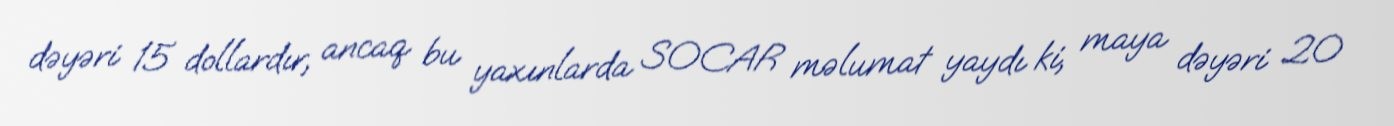
dəyəri 15 dollardır, ancaq bu yaxınlarda SOCAR məlumat yaydı ki, maya dəyəri 20